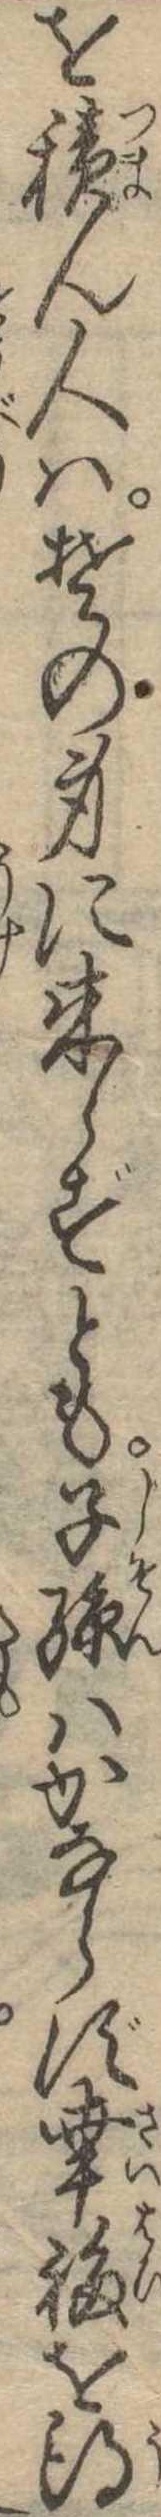
を積ん人はその身に来らずとも子孫はかならず幸福を得